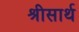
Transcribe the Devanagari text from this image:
श्रीसार्थ